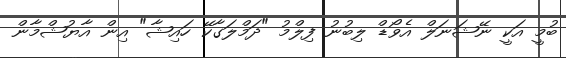
ބުމީ އަކީ ނޭޝަނަލް އެވޯޑް ލިބުނު ފިލްމު "ދަމްލަގާކޭ ހައިޝާ" އިން އާޔުޝްމާން